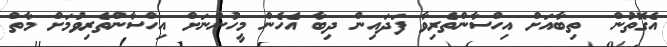
އެގޮތުން  ތިބާއަށް އިހްސާންތެރިވާ ފަދައިން ދިބާ އެހެން މީހުންނަށް އިހްސާންތެރިވުމަށް މާތް